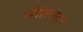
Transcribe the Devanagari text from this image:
सौलिस्टर